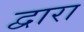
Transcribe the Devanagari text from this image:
द्वारा